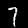
Label: 7